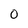
Character: 0